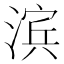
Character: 滨